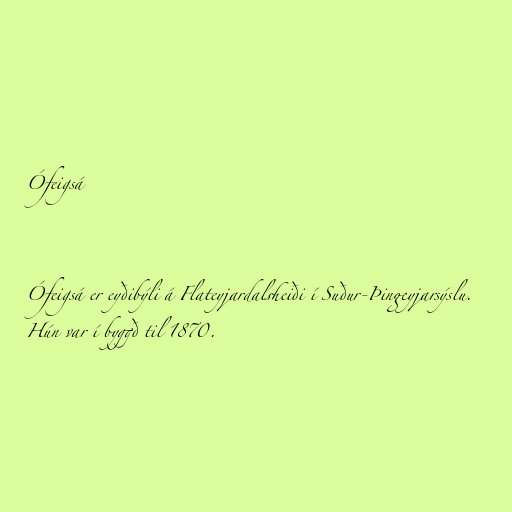
Ófeigsá

Ófeigsá er eyðibýli á Flateyjardalsheiði í Suður-Þingeyjarsýslu.
Hún var í byggð til 1870.